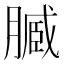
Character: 𱼔